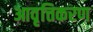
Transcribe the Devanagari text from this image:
आवृत्तिकरण